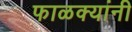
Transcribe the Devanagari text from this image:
फाळक्यांनी